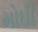
મોઘી